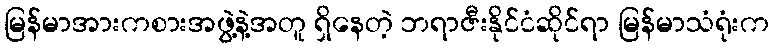
မြန်မာအားကစားအဖွဲ့နဲ့အတူ ရှိနေတဲ့ ဘရာဇီးနိုင်ငံဆိုင်ရာ မြန်မာသံရုံးက